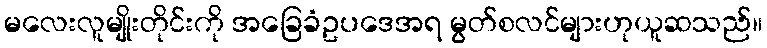
မလေးလူမျိုးတိုင်းကို အခြေခံဥပဒေအရ မွတ်စလင်များဟုယူဆသည်။